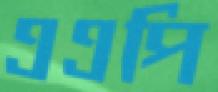
এএপি